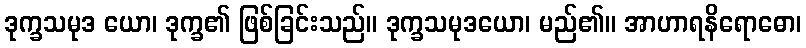
ဒုက္ခသမုဒ ယော၊ ဒုက္ခ၏ ဖြစ်ခြင်းသည်။ ဒုက္ခသမုဒယော၊ မည်၏။ အာဟာရနိရောဓော၊